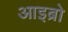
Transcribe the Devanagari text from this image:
आइब्रो